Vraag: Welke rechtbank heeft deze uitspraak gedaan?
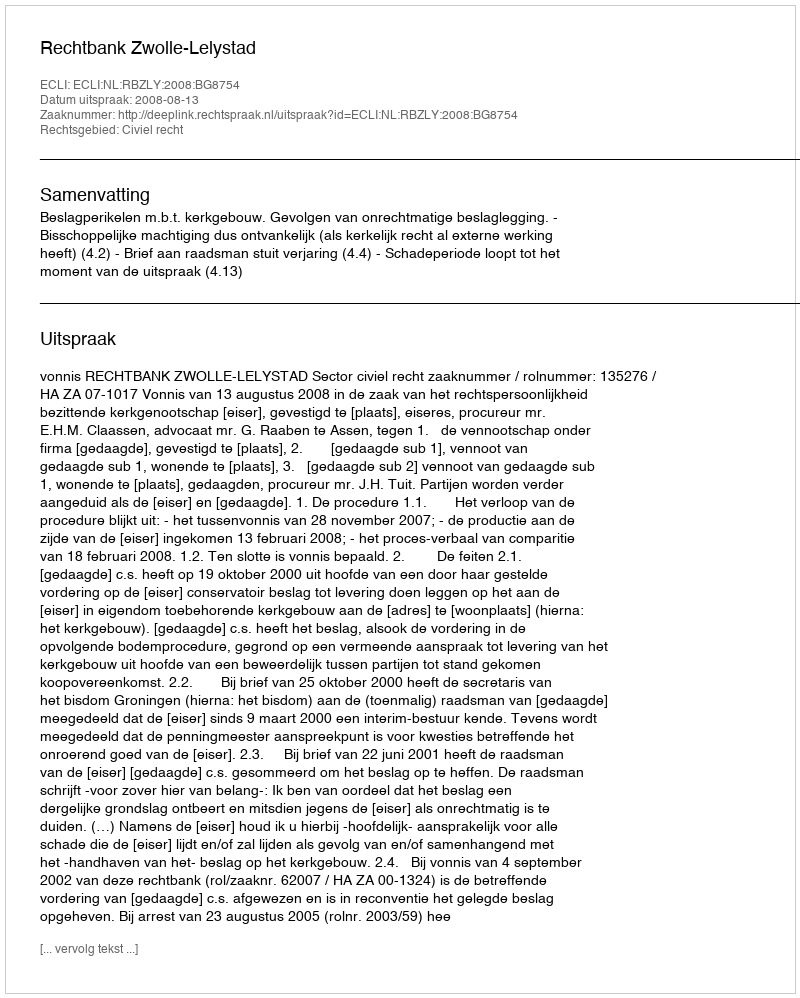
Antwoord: Rechtbank Zwolle-Lelystad